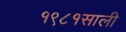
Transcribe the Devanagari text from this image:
१९८१साली